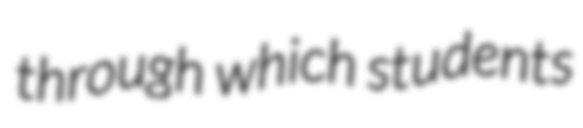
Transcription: through which students